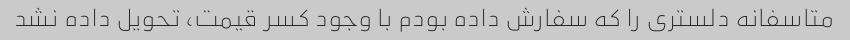
متاسفانه دلستری را که سفارش داده بودم با وجود کسر قیمت، تحویل داده نشد